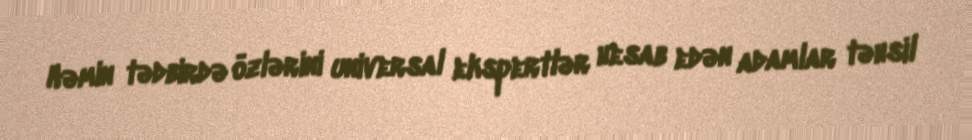
Həmin tədbirdə özlərini universal ekspertlər hesab edən adamlar təhsil